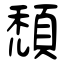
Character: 頹